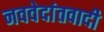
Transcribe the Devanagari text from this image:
नववेदांतवादी